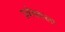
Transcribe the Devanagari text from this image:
प्रबंधकला